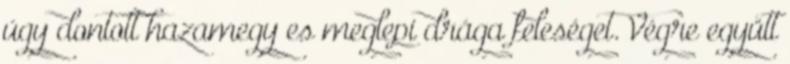
úgy dontott hazamegy es meglepi drága feleséget. Végre együtt